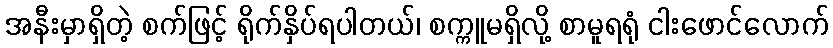
အနီးမှာရှိတဲ့ စက်ဖြင့် ရိုက်နှိပ်ရပါတယ်၊ စက္ကူမရှိလို့ စာမူရရုံ ငါးဖောင်လောက်